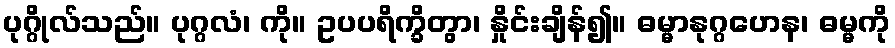
ပုဂ္ဂိုလ်သည်။ ပုဂ္ဂလံ၊ ကို။ ဥပပရိက္ခိတွာ၊ နှိုင်းချိန်၍။ ဓမ္မာနုဂ္ဂဟေန၊ ဓမ္မကို